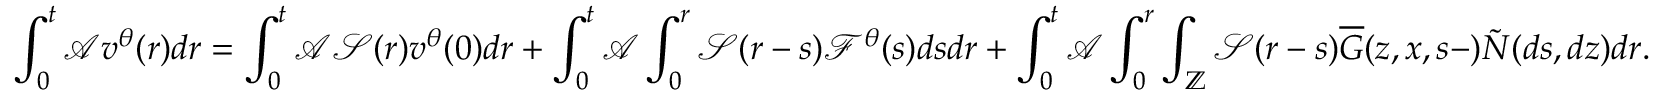
\int _ { 0 } ^ { t } \mathcal { A } \displaystyle v ^ { \theta } ( r ) d r = \int _ { 0 } ^ { t } \mathcal { A } \mathcal { S } ( r ) v ^ { \theta } ( 0 ) d r + \int _ { 0 } ^ { t } \mathcal { A } \int _ { 0 } ^ { r } \mathcal { S } ( r - s ) \mathcal { F } ^ { \theta } ( s ) d s d r + \int _ { 0 } ^ { t } \mathcal { A } \int _ { 0 } ^ { r } \int _ { \mathbb { Z } } \mathcal { S } ( r - s ) \overline { { G } } ( z , x , s - ) \tilde { N } ( d s , d z ) d r .